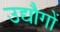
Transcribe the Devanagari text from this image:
उद्यौगों